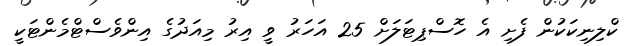
ކްލިނިކަކުން ފެށި އެ ހޮސްޕިޓަލަށް 25 އަހަރު ވީ އިރު މިއަދުގެ އިންވެސްޓްމެންޓަކީ